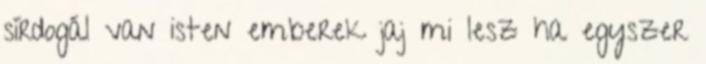
sírdogál van isten emberek jaj mi lesz ha egyszer